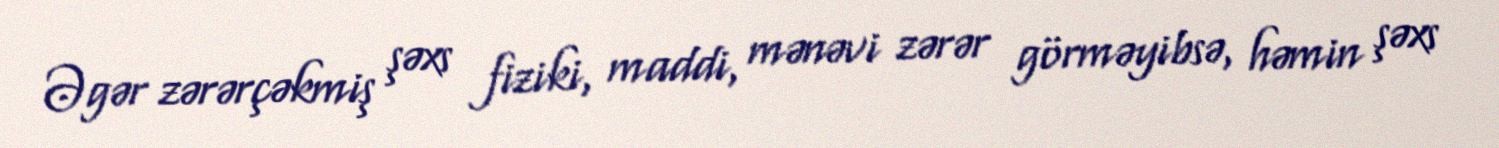
Əgər zərərçəkmiş şəxs fiziki, maddi, mənəvi zərər görməyibsə, həmin şəxs